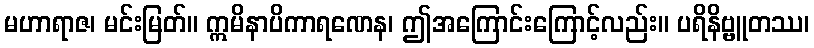
မဟာရာဇ၊ မင်းမြတ်။ ဣမိနာပိကာရဏေန၊ ဤအကြောင်းကြောင့်လည်း။ ပရိနိဗ္ဗူတဿ၊